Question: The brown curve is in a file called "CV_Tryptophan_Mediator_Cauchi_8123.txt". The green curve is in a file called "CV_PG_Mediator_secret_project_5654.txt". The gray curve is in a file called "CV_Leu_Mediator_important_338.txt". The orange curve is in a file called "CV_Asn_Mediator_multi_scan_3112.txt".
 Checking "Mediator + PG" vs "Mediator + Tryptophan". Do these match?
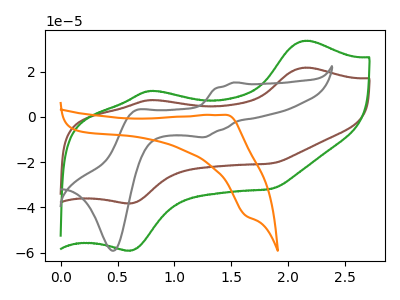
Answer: <think>The brown curve "Mediator + Tryptophan" has anodic peaks at (2.15V, 21.75uA) (0.80V, 7.45uA) and cathodic peaks at (0.60V, -38.15uA) (1.85V, -20.55uA). The green curve "Mediator + PG" has anodic peaks at (2.15V, 33.65uA) (0.80V, 11.50uA) and cathodic peaks at (0.60V, -59.00uA) (1.85V, -31.80uA). The gray curve "Mediator + Leu" has anodic peaks at (1.55V, 15.25uA) (0.65V, 2.65uA) and cathodic peaks at (1.25V, -8.95uA) (0.45V, -59.15uA). The orange curve "Mediator + Asn" has an anodic peak at (1.45V, 0.85uA) and a cathodic peak at (1.65V, -43.70uA).
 All the peaks in "Mediator + PG" have a peak in "Mediator + Tryptophan" at the same potential. Every peak in "Mediator + PG" is higher than every peak in "Mediator + Tryptophan".</think>
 <answer>"Mediator + PG" and "Mediator + Tryptophan" are similar in shape.</answer>
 <eval>same_shape</eval>